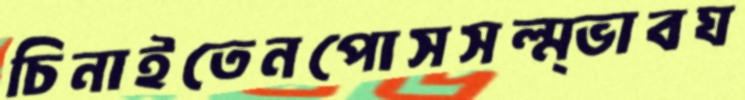
চিনাইতেনপোসসল্ম্ভাবঘ